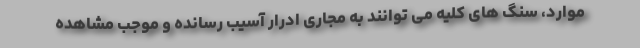
موارد، سنگ های کلیه می توانند به مجاری ادرار آسیب رسانده و موجب مشاهده